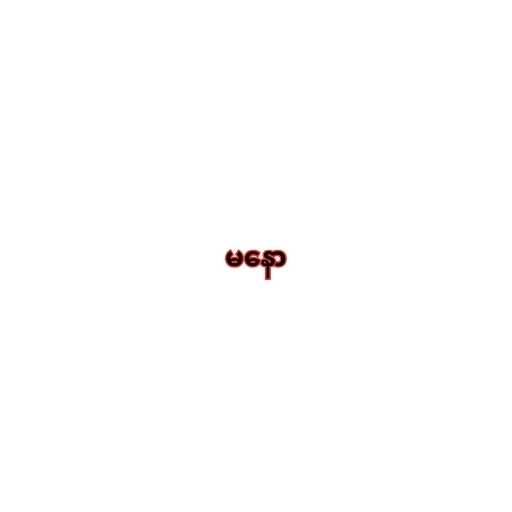
မနော